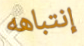
إنتباهه